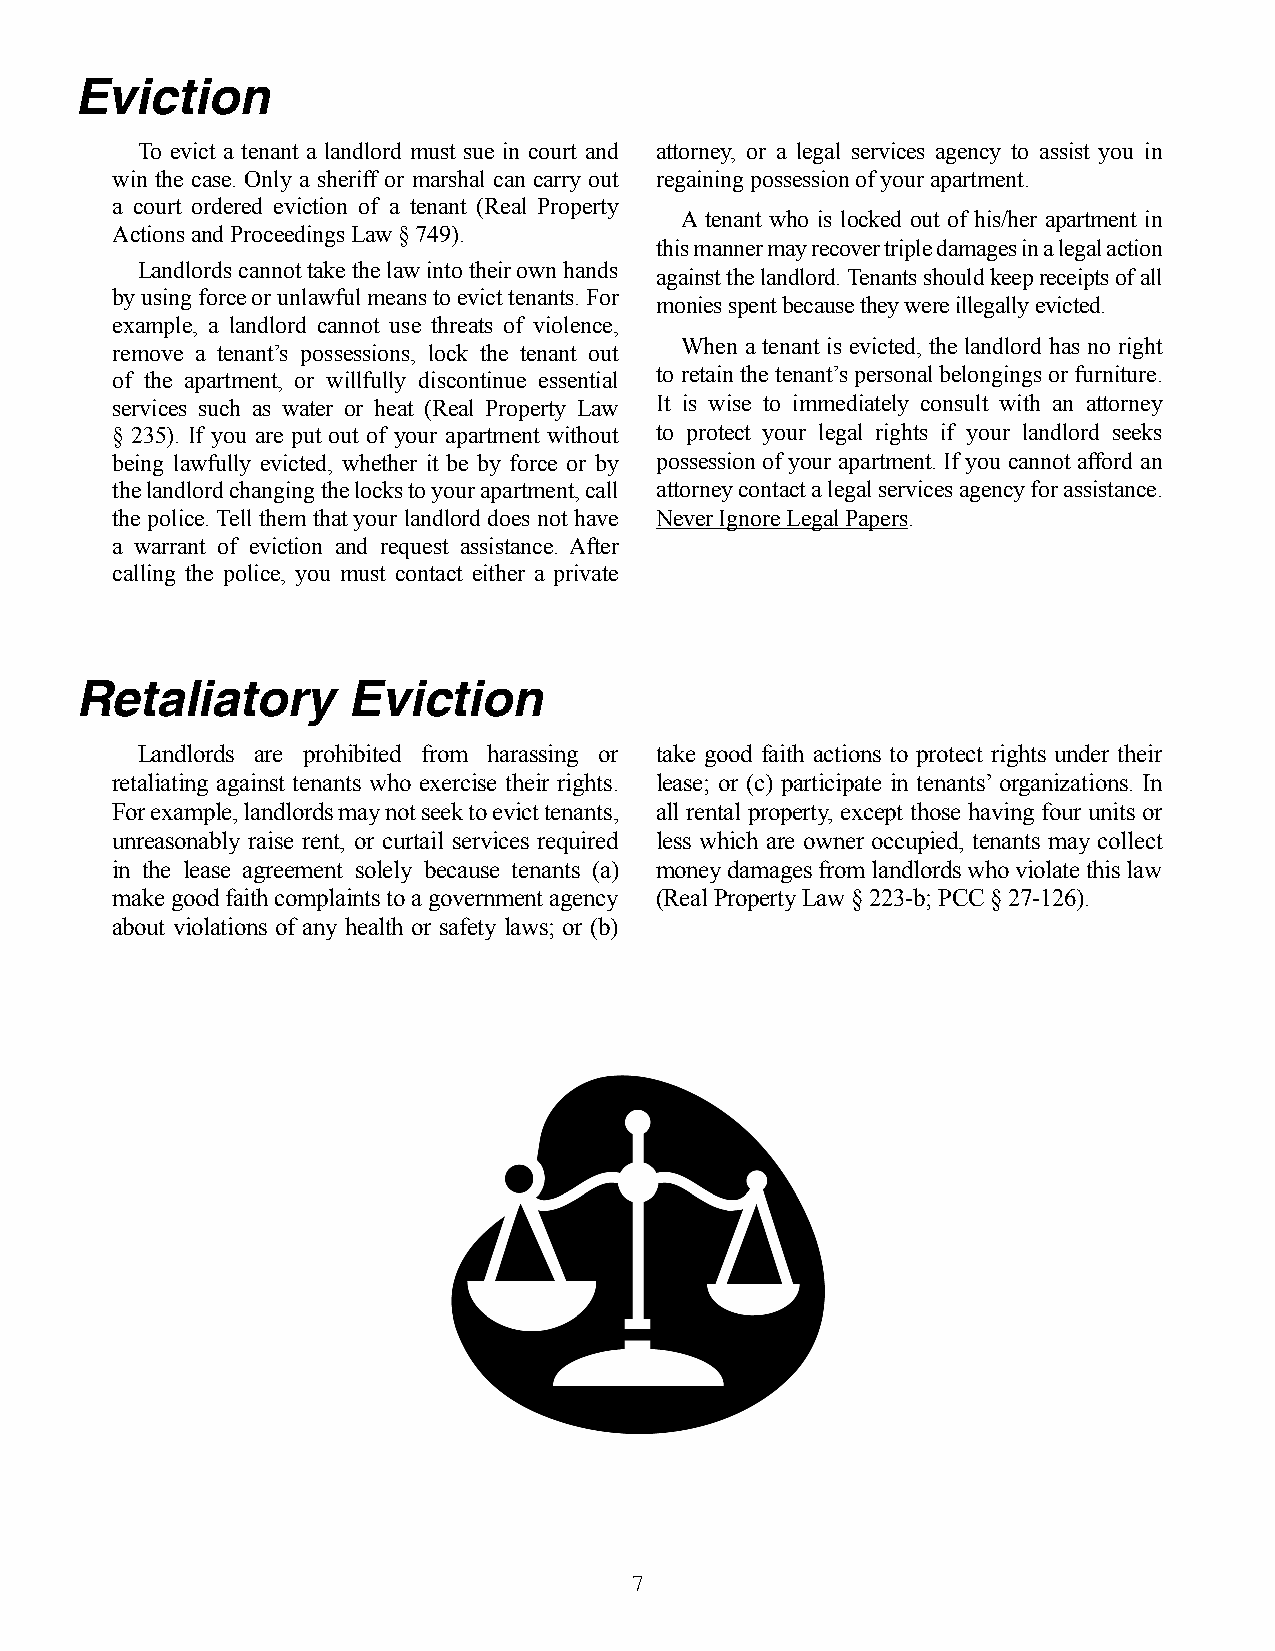
Eviction
 To evict a tenant a landlord must sue in court and attorney, or a legal services agency to assist you in
 win the case. Only a sheriff or marshal can carry out regaining possession of your apartment.
 a court ordered eviction of a tenant (Real Property
 A tenant who is locked out of his/her apartment in
 Actions and Proceedings Law § 749).
 this manner may recover triple damages in a legal action
 Landlords cannot take the law into their own hands
 against the landlord. Tenants should keep receipts of all
 by using force or unlawful means to evict tenants. For
 monies spent because they were illegally evicted.
 example, a landlord cannot use threats of violence,
 When a tenant is evicted, the landlord has no right
 remove a tenant’s possessions, lock the tenant out
 of the apartment, or willfully discontinue essential to retain the tenant’s personal belongings or furniture.
 services such as water or heat (Real Property Law It is wise to immediately consult with an attorney
 § 235). If you are put out of your apartment without to protect your legal rights if your landlord seeks
 being lawfully evicted, whether it be by force or by possession of your apartment. If you cannot afford an
 the landlord changing the locks to your apartment, call attorney contact a legal services agency for assistance.
 the police. Tell them that your landlord does not have Never Ignore Legal Papers.
 a warrant of eviction and request assistance. After
 calling the police, you must contact either a private
 Retaliatory       Eviction
 Landlords are prohibited from harassing or take good faith actions to protect rights under their
 retaliating against tenants who exercise their rights. lease; or (c) participate in tenants’ organizations. In
 For example, landlords may not seek to evict tenants, all rental property, except those having four units or
 unreasonably raise rent, or curtail services required less which are owner occupied, tenants may collect
 in the lease agreement solely because tenants (a) money damages from landlords who violate this law
 make good faith complaints to a government agency (Real Property Law § 223-b; PCC § 27-126).
 about violations of any health or safety laws; or (b)
 7